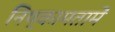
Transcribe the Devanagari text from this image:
निष्कामतामें